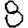
Digit: 8